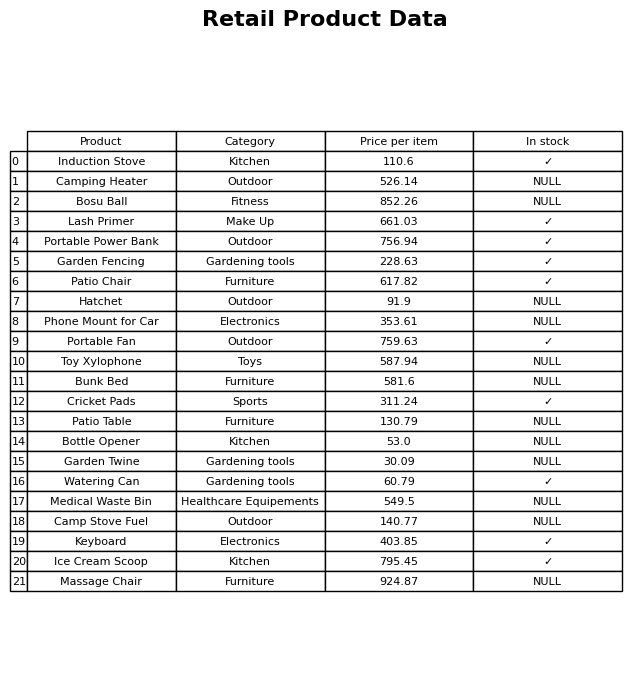
question: What is the price of the Cricket Pads?
answer: The price of Cricket Pads is 311.24.